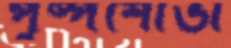
পুষ্পশোভা